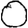
Digit: 0